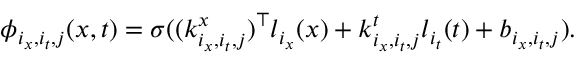
\phi _ { i _ { x } , i _ { t } , j } ( \boldsymbol { x } , t ) = \sigma ( ( \boldsymbol { k } _ { i _ { x } , i _ { t } , j } ^ { x } ) ^ { \top } l _ { i _ { x } } ( \boldsymbol { x } ) + k _ { i _ { x } , i _ { t } , j } ^ { t } l _ { i _ { t } } ( t ) + b _ { i _ { x } , i _ { t } , j } ) .